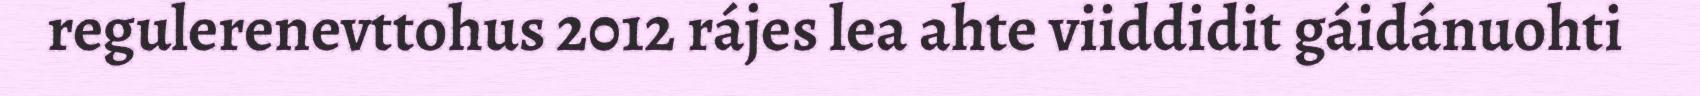
regulerenevttohus 2012 rájes lea ahte viiddidit gáidánuohti